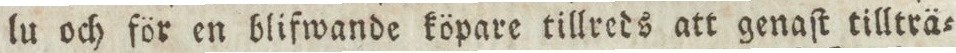
lu och för en blifwande köpare tillreds att genaſt tillträ=